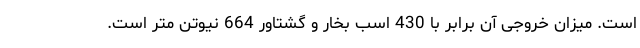
است. میزان خروجی آن برابر با 430 اسب بخار و گشتاور 664 نیوتن متر است.